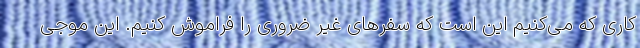
کاری که می‌کنیم این است که سفرهای غیر ضروری را فراموش کنیم. این موجی